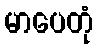
မာပေတုံ